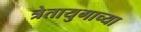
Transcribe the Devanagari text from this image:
त्रेतायुगाच्या